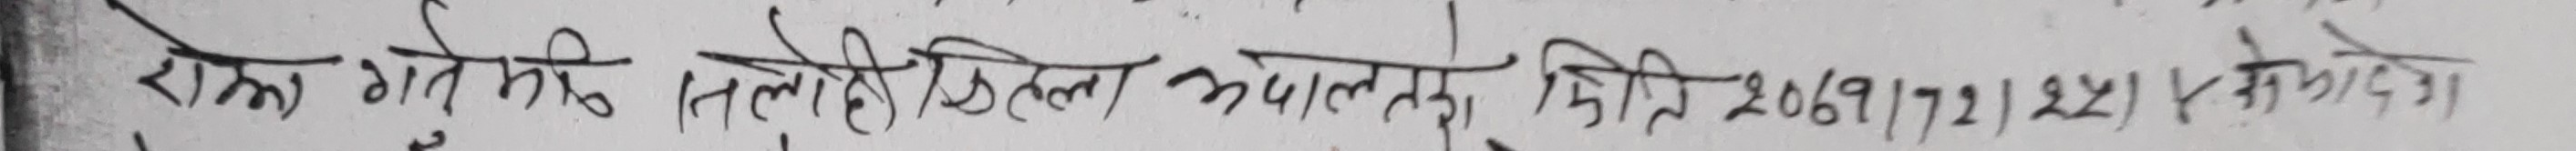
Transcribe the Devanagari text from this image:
रोहन गरि मिति २०७१।१२।२५ गते बिलेही भएस